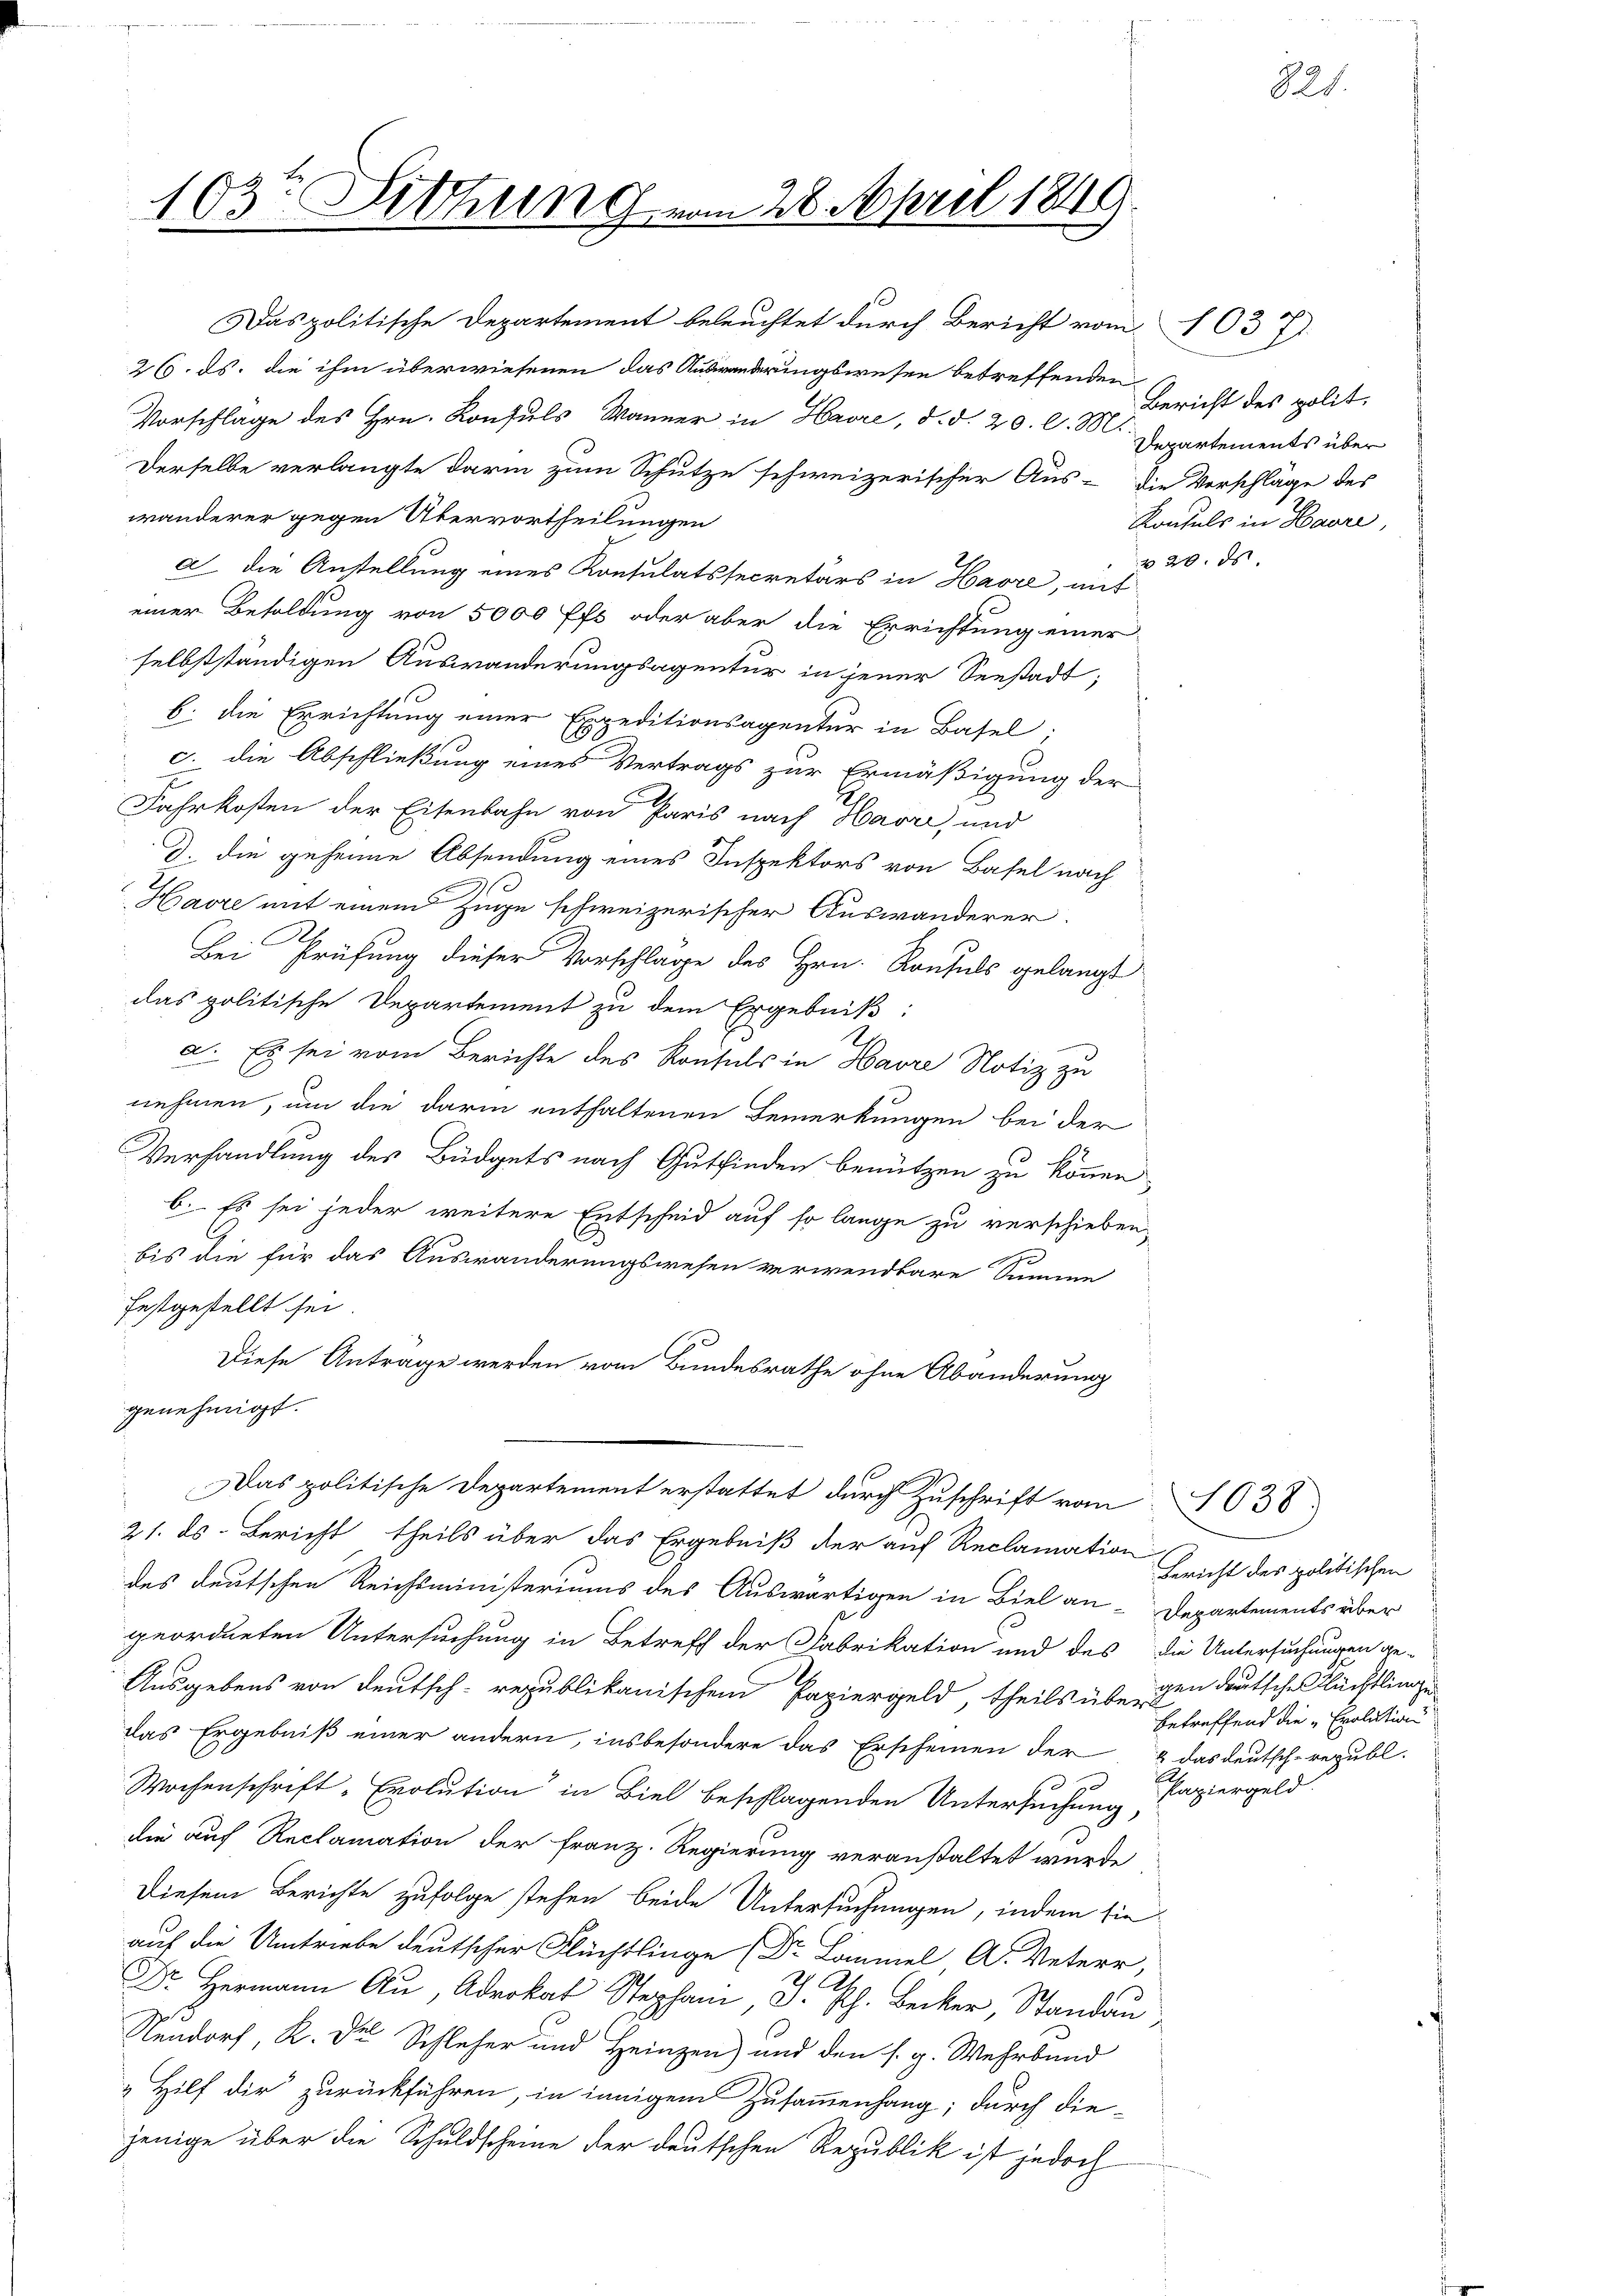
103te Sitzung vom 28. April 1849.

Das politische Departement beleuchtet durch Bericht vom 1037.
26. ds. die ihm überwiesenen das Auswanderungswesen betreffenden
Vorschlage des Hrn. Konsuls Wanner in Havre, d. d. 20. l. z. Bericht des polit.
Derselbe verlangte darin zum Schutze schweizerischer Aus-die Vorschläge des
wänderer gegen Übervortheilungen
a die Anstellung eines Konsulatssecretärs in Havre, mit
einer Besoldung von 5000 ffs oder aber die Errichtung einer
selbstständigen Auswanderungsagentur in jener Seestadt;
b. die Errichtung einer Expeditionsagentur in Basel;
c. die Abschließung eines Vertrags zur Ermäßigung der
Jahrkosten der Eisenbahn von Paris nach Havre, und
d. die geheime Absendung eines Inspektors von Basel nach
Havre mit einem Zuge schweizerischer Auswanderer.
A
Bei Prüfung dieser Vorschläge des Hrn. Raufels gelangt
das politische Departement zu dem Ergebniß:
2.
e
a. Es sei vom Berichte des Konsuls in Havre Notiz zu
nehmen, um die darin enthaltenen Bemerkungen bei der
Verhandlung des Büdgets nach Gutfinden benützen zu können
b. Es sei jeder weitere Entscheid auf so lange zu verschieben,
bis die für das Auswanderungswesen verwendbare Summe
festgestellt sei.
Diese Antrage werden vom Bundesrathe ohne Abänderung
genehmigt.
Das politische Departement erstattet durch Zuschrift von 1038.
21. ds. Bericht, theils über das Ergebniß der auf Reclamation
des deutschen Reichsministeriums des Auswärtigen in Biel an-Departements über
geordneten Untersuchung in Betreff der Fabrikation und des die Untersuchungen ge-
Ausgebens von deutsch-republikanischen Papiergeld, theils über den deutsche Flüchtlinge
das Ergebniß einer andern, insbesondere das Erscheinen der & das deutsch-republ
Wochenschrift-Evolution in Biel beschlagenden Untersuchung,
die auf Reclamation der Franz. Regierung veranstaltet wurde
Diesem Berichte zufolge stehen beide Untersuchungen, indem sie
auf die Umtriebe deutscher Flüchtlinge (Dr. Lammel, A. Veterr,
r Hermann A. Advokat Stephan J. Ph. Becker, Standau
Nendorf, K. Der Schleher und Heinzen und den s. g. Wehrband
Hilf die zurückführen, in innigem Zusammenhang; durch diejenige über die Schuldscheine der deutschen Republik ist jedoch
h

Departements über
Konsuls in Havre,
320. ds.

Bericht des politischen
betreffend die Evolution
Papiergeld

821.